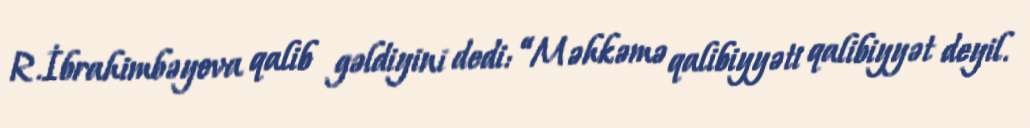
R.İbrahimbəyova qalib gəldiyini dedi: “Məhkəmə qalibiyyəti qalibiyyət deyil.